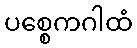
ပစ္စေကဂါထံ